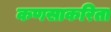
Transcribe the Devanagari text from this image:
कणसाकरिता